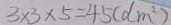
3 \times 3 \times 5 = 4 5 ( d m ^ { 2 } )